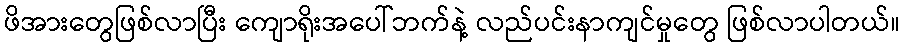
ဖိအားတွေဖြစ်လာပြီး ကျောရိုးအပေါ်ဘက်နဲ့ လည်ပင်းနာကျင်မှုတွေ ဖြစ်လာပါတယ်။